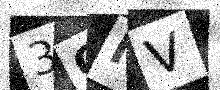
Text: 3OIV